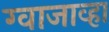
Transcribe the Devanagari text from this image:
ग्वाजाव्हा